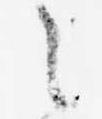
之